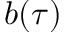
b ( \tau )